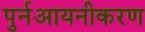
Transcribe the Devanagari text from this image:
पुर्नआयनीकरण